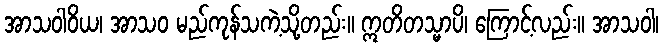
အာသဝါဝိယ၊ အာသဝ မည်ကုန်သကဲ့သို့တည်း။ ဣတိတသ္မာပိ၊ ကြောင့်လည်း။ အာသဝါ၊